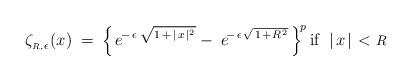
LaTeX: \begin{align*}\zeta_{\mbox{}_{R, \;\!{\scriptstyle \epsilon}}}(x)\;=\;\!\;\!\Bigl\{\;\!e^{\!-\, \epsilon \;\!\,\sqrt{\:\!1 \,+\, |\;\!x\;\!|^{2}\;\!}}-\;\!\;\!e^{\!-\, \epsilon\;\!\sqrt{\;\!1 \;\!+\;\!R^{\:\!2}\:\!}}\;\!\Bigr\}^{\!\:\!p}\,\mbox{if } \;|\;\!x\;\!| \;\!<\:\!\mbox{\footnotesize $R$}\end{align*}